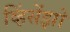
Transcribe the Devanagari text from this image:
व्हिंसेंझो